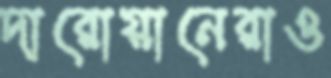
দারোয়ানেরাও